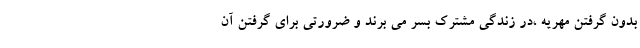
بدون گرفتن مهریه ،در زندگی مشترک بسر می برند و ضرورتی برای گرفتن آن